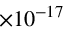
\times 1 0 ^ { - 1 7 }